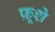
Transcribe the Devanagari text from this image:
फ़ूशे